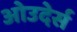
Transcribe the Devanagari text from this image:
ओउदेर्स